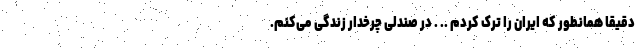
دقیقاً همانطور که ایران را ترک کردم .. . در صندلی چرخدار زندگی می‌کنم.